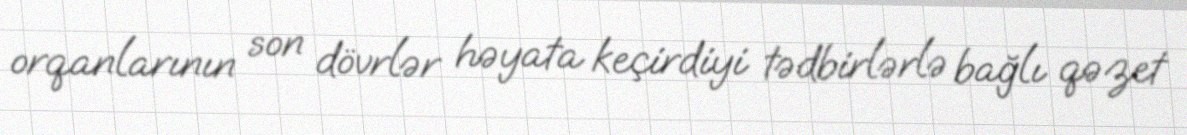
orqanlarının son dövrlər həyata keçirdiyi tədbirlərlə bağlı qəzet